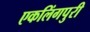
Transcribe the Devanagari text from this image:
एकलिंगपुरी